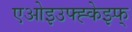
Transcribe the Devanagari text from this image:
एओइउफ्ह्केझ्फ्